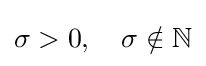
\sigma >0,\quad \sigma \notin \mathbb {N}